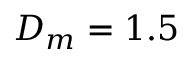
D _ { m } = 1 . 5